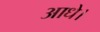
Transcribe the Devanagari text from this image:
आधे।